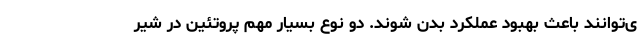
ی‌توانند باعث بهبود عملکرد بدن شوند. دو نوع بسیار مهم پروتئین در شیر